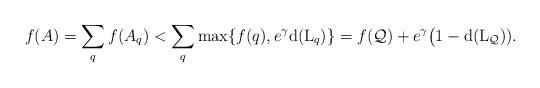
LaTeX: \begin{align*}f(A) = \sum_q f(A_q) < \sum_q\max\{f(q),e^\gamma {\rm d}({\rm L}_q)\} = f(\mathcal Q) + e^\gamma\big(1-{\rm d}({\rm L}_{\mathcal Q})).\end{align*}